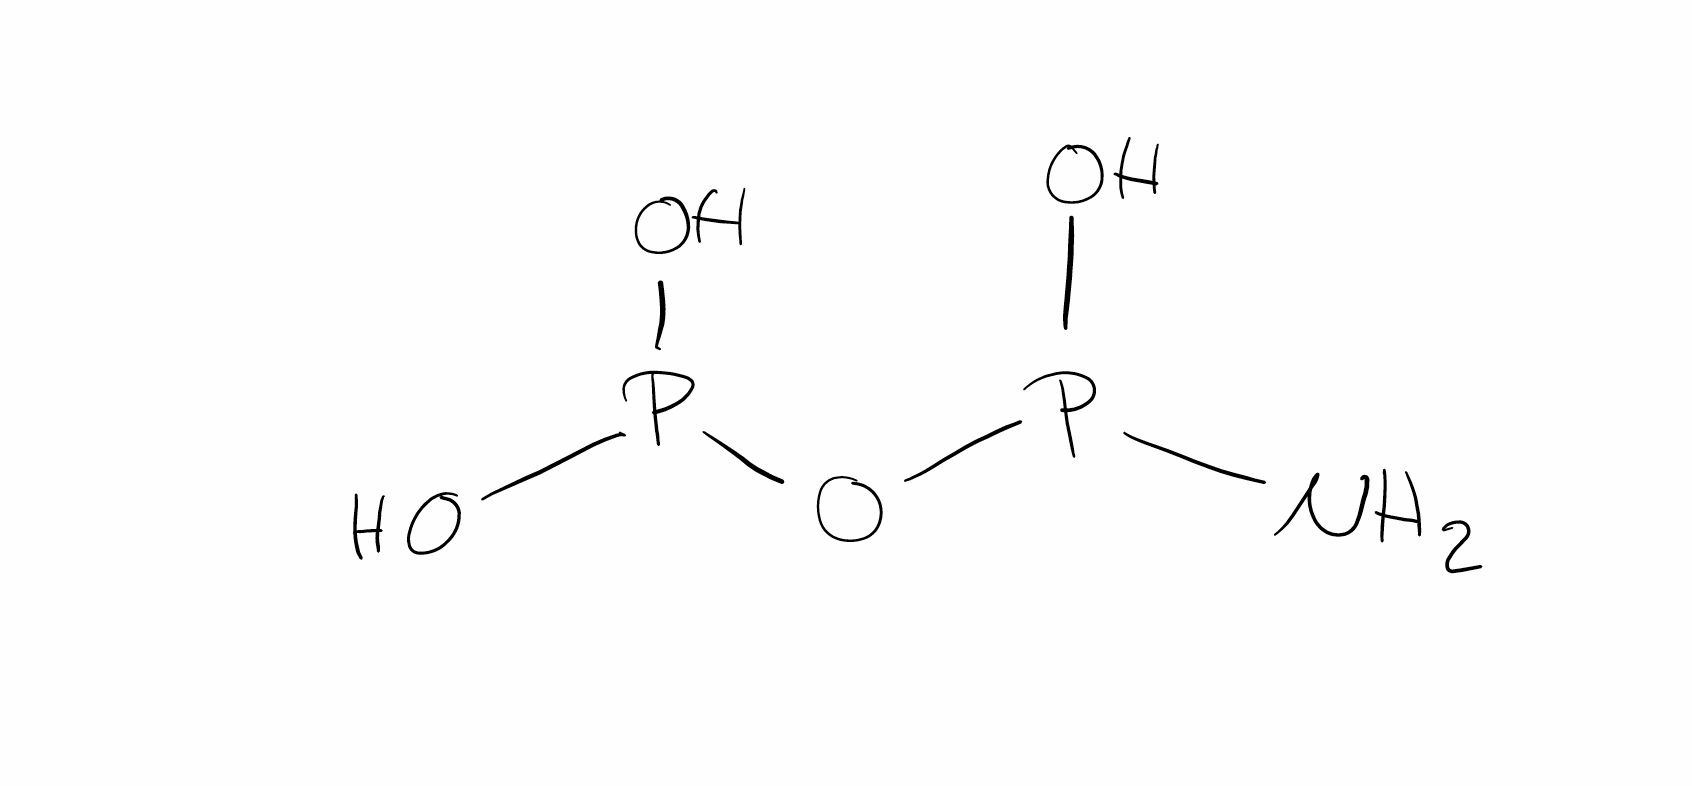
Simplified molecular-input line-entry system (SMILES) notation of the given molecule:
NP(O)OP(O)O